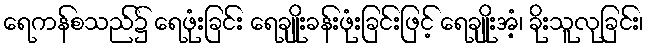
ရေကန်စသည်၌ ရေဖုံးခြင်း ရေချိုးခန်းဖုံးခြင်းဖြင့် ရေချိုးအံ့၊ ခိုးသူလုခြင်း၊